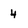
Character: 4